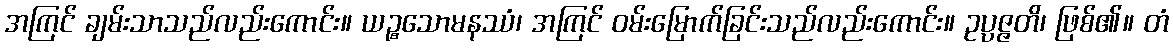
အကြင် ချမ်းသာသည်လည်းကောင်း။ ယဉ္စသောမနဿံ၊ အကြင် ဝမ်းမြောက်ခြင်းသည်လည်းကောင်း။ ဥပ္ပဇ္ဇတိ၊ ဖြစ်၏။ တံ